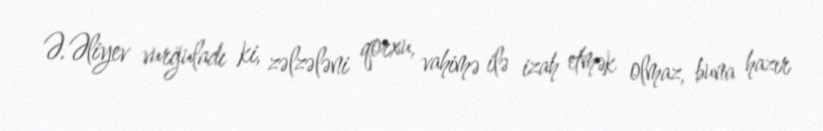
Ə.Əliyev vurğuladı ki, zəlzələni qorxu, vahimə ilə izah etmək olmaz, buna hazır